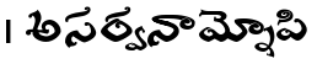
। అసర్వనామ్నోపి